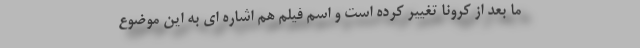
ما بعد از کرونا تغییر کرده است و اسم فیلم هم اشاره ای به این موضوع